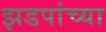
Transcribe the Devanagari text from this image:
झडपांच्या